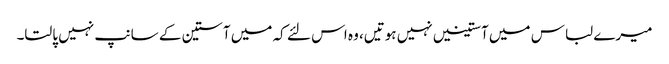
میرے لباس میں آستینیں نہیں ہوتیں، وہ اس لئے کہ میں آستین کے سانپ نہیں پالتا۔